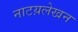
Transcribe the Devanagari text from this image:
नाटय़लेखन